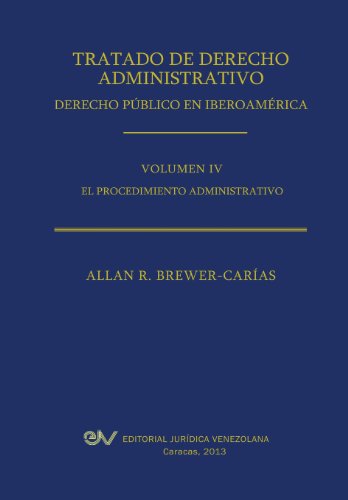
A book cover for Tratado de Derecho Administrativo. Tomo IV. El Procedimiento Administrativo (Spanish Edition); Allan R. Brewer-Carias; Law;